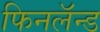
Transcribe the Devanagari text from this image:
फिनलॅन्ड